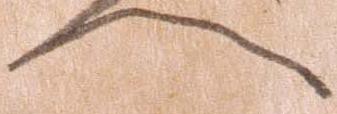
へ